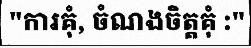
"ការគុំ, ចំណងចិត្តគុំ :"